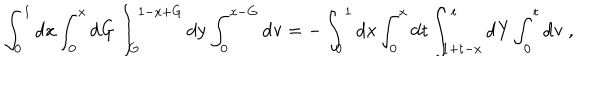
LaTeX: \mathrm { \int _ { 0 } ^ { 1 } d x \int _ { 0 } ^ { x } d G \int _ { G } ^ { 1 - x + G } d y \int _ { 0 } ^ { x - G } d v = - \int _ { 0 } ^ { 1 } d x \int _ { 0 } ^ { x } d t \int _ { 1 + t - x } ^ { t } d Y \int _ { 0 } ^ { t } d v ~ , }